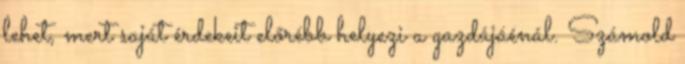
lehet, mert saját érdekeit előrébb helyezi a gazdájáénál. Számold